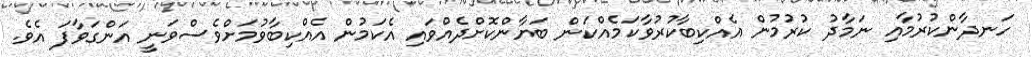
ހަނދާންކުރުމާއި ނަމާދު ކުރުމުން އެއްކިބާކުރުވާކަމެއްކަން ބަޔާންކޮށްދެއްވައި އެކަމުން އެއްކިބާވުމަށްވެސްވަނީ އަންގަވާފަ އެވެ.